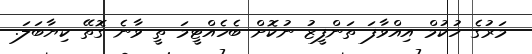
މަރުގެ ހުކުމް އިއްވާފަ ތަންފީޒު ނުކޮށް ބެހެއްޓީމަ ތީ ވާނެ ގޮތޭ ކިޔާބަލަ.